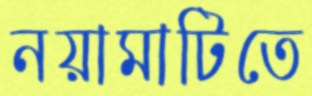
নয়ামাটিতে